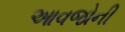
આવજોની